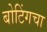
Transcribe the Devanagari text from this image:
बोटिंगचा